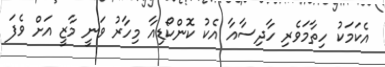
އެކަމަކު ހިތާމަވެރި ހާދިސާއާ އެކު ކޮންކޯޑިއާ މިހާރު ވަނީ މާޒީ އަށް ވެފަ